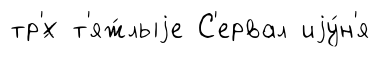
тр'́х т'яж́лыjе С'ервал иjу́н'я